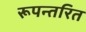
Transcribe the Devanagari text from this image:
रूपन्तरित